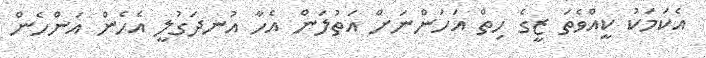
އެކަމަކު ކީއްވެތަ ޒީގެ ހިތް އަހަންނަށް އަތުލަން އެހާ އުނދަގުލީ އެހެން އަންހެން